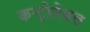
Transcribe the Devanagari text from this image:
कन्ट्रोलेबल